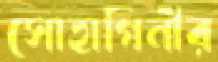
সোহাগিনীর